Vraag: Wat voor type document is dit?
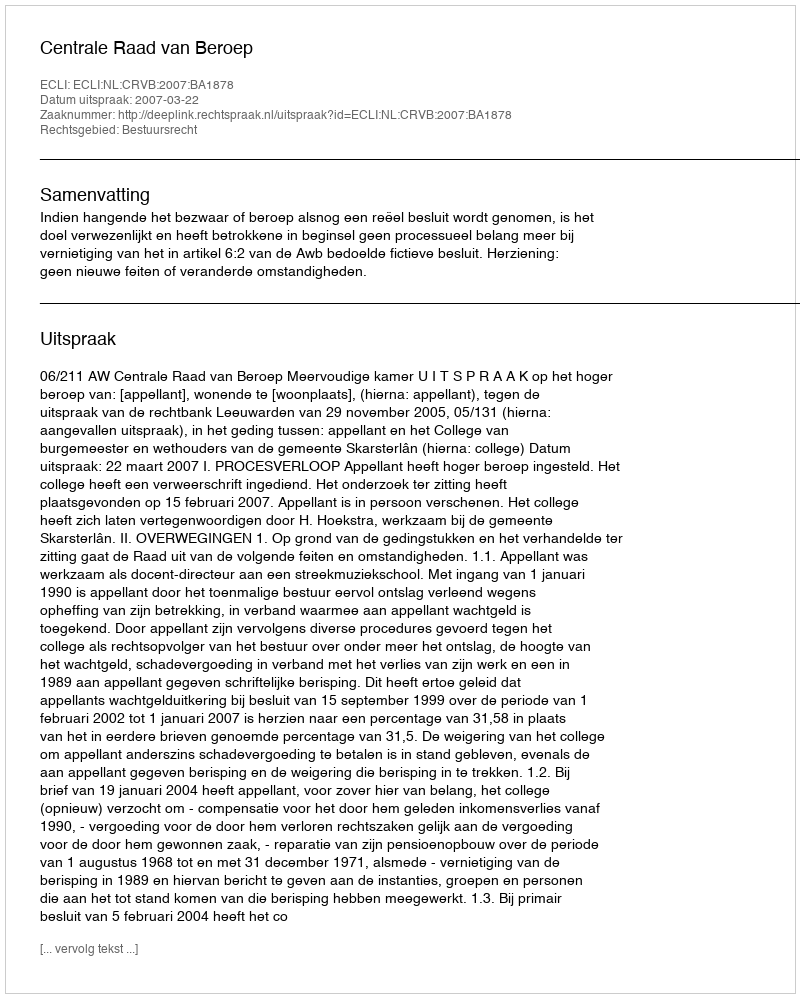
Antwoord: Uitspraak